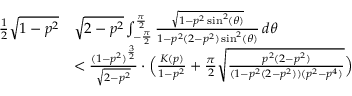
\begin{array} { r l } { \frac { 1 } { 2 } \sqrt { 1 - p ^ { 2 } } } & { \sqrt { 2 - p ^ { 2 } } \int _ { - \frac { \pi } { 2 } } ^ { \frac { \pi } { 2 } } \frac { \sqrt { 1 - p ^ { 2 } \sin ^ { 2 } ( \theta ) } } { 1 - p ^ { 2 } ( 2 - p ^ { 2 } ) \sin ^ { 2 } ( \theta ) } \, d \theta } \\ & { < \frac { ( 1 - p ^ { 2 } ) ^ { \frac { 3 } { 2 } } } { \sqrt { 2 - p ^ { 2 } } } \cdot \Big ( \frac { K ( p ) } { 1 - p ^ { 2 } } + \frac { \pi } { 2 } \sqrt { \frac { p ^ { 2 } ( 2 - p ^ { 2 } ) } { ( 1 - p ^ { 2 } ( 2 - p ^ { 2 } ) ) ( p ^ { 2 } - p ^ { 4 } ) } } \Big ) } \end{array}